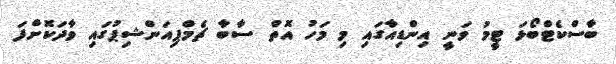
ބާސްކެޓްބޯޅަ ޓީމު ވަނީ އިންޑިއާގައި މި މަހު އޮތް ސާބާ ޗެމްޕިއަންޝިޕުގައި ވާދަކޮށްފަ